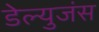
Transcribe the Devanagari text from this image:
डेल्युजंस